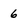
Character: 6